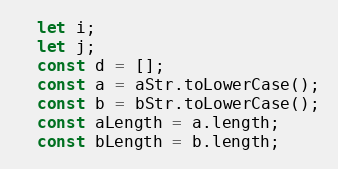
Language: JavaScript
  let i;
  let j;
  const d = [];
  const a = aStr.toLowerCase();
  const b = bStr.toLowerCase();
  const aLength = a.length;
  const bLength = b.length;